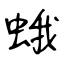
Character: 蛾